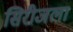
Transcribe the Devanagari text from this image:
सिरीजला